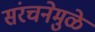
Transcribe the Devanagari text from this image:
संरचनेमुळे